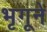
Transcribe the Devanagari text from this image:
भृगूने